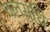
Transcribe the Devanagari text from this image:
चलसंधि